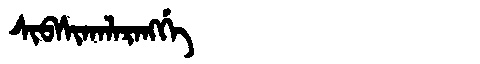
Manchu: ᠰᡳᠪᠰᡳᡴᠠᠯᠠᡵᠠᠩᡤᡝ
Romanization: SIBSIKALARANGGE